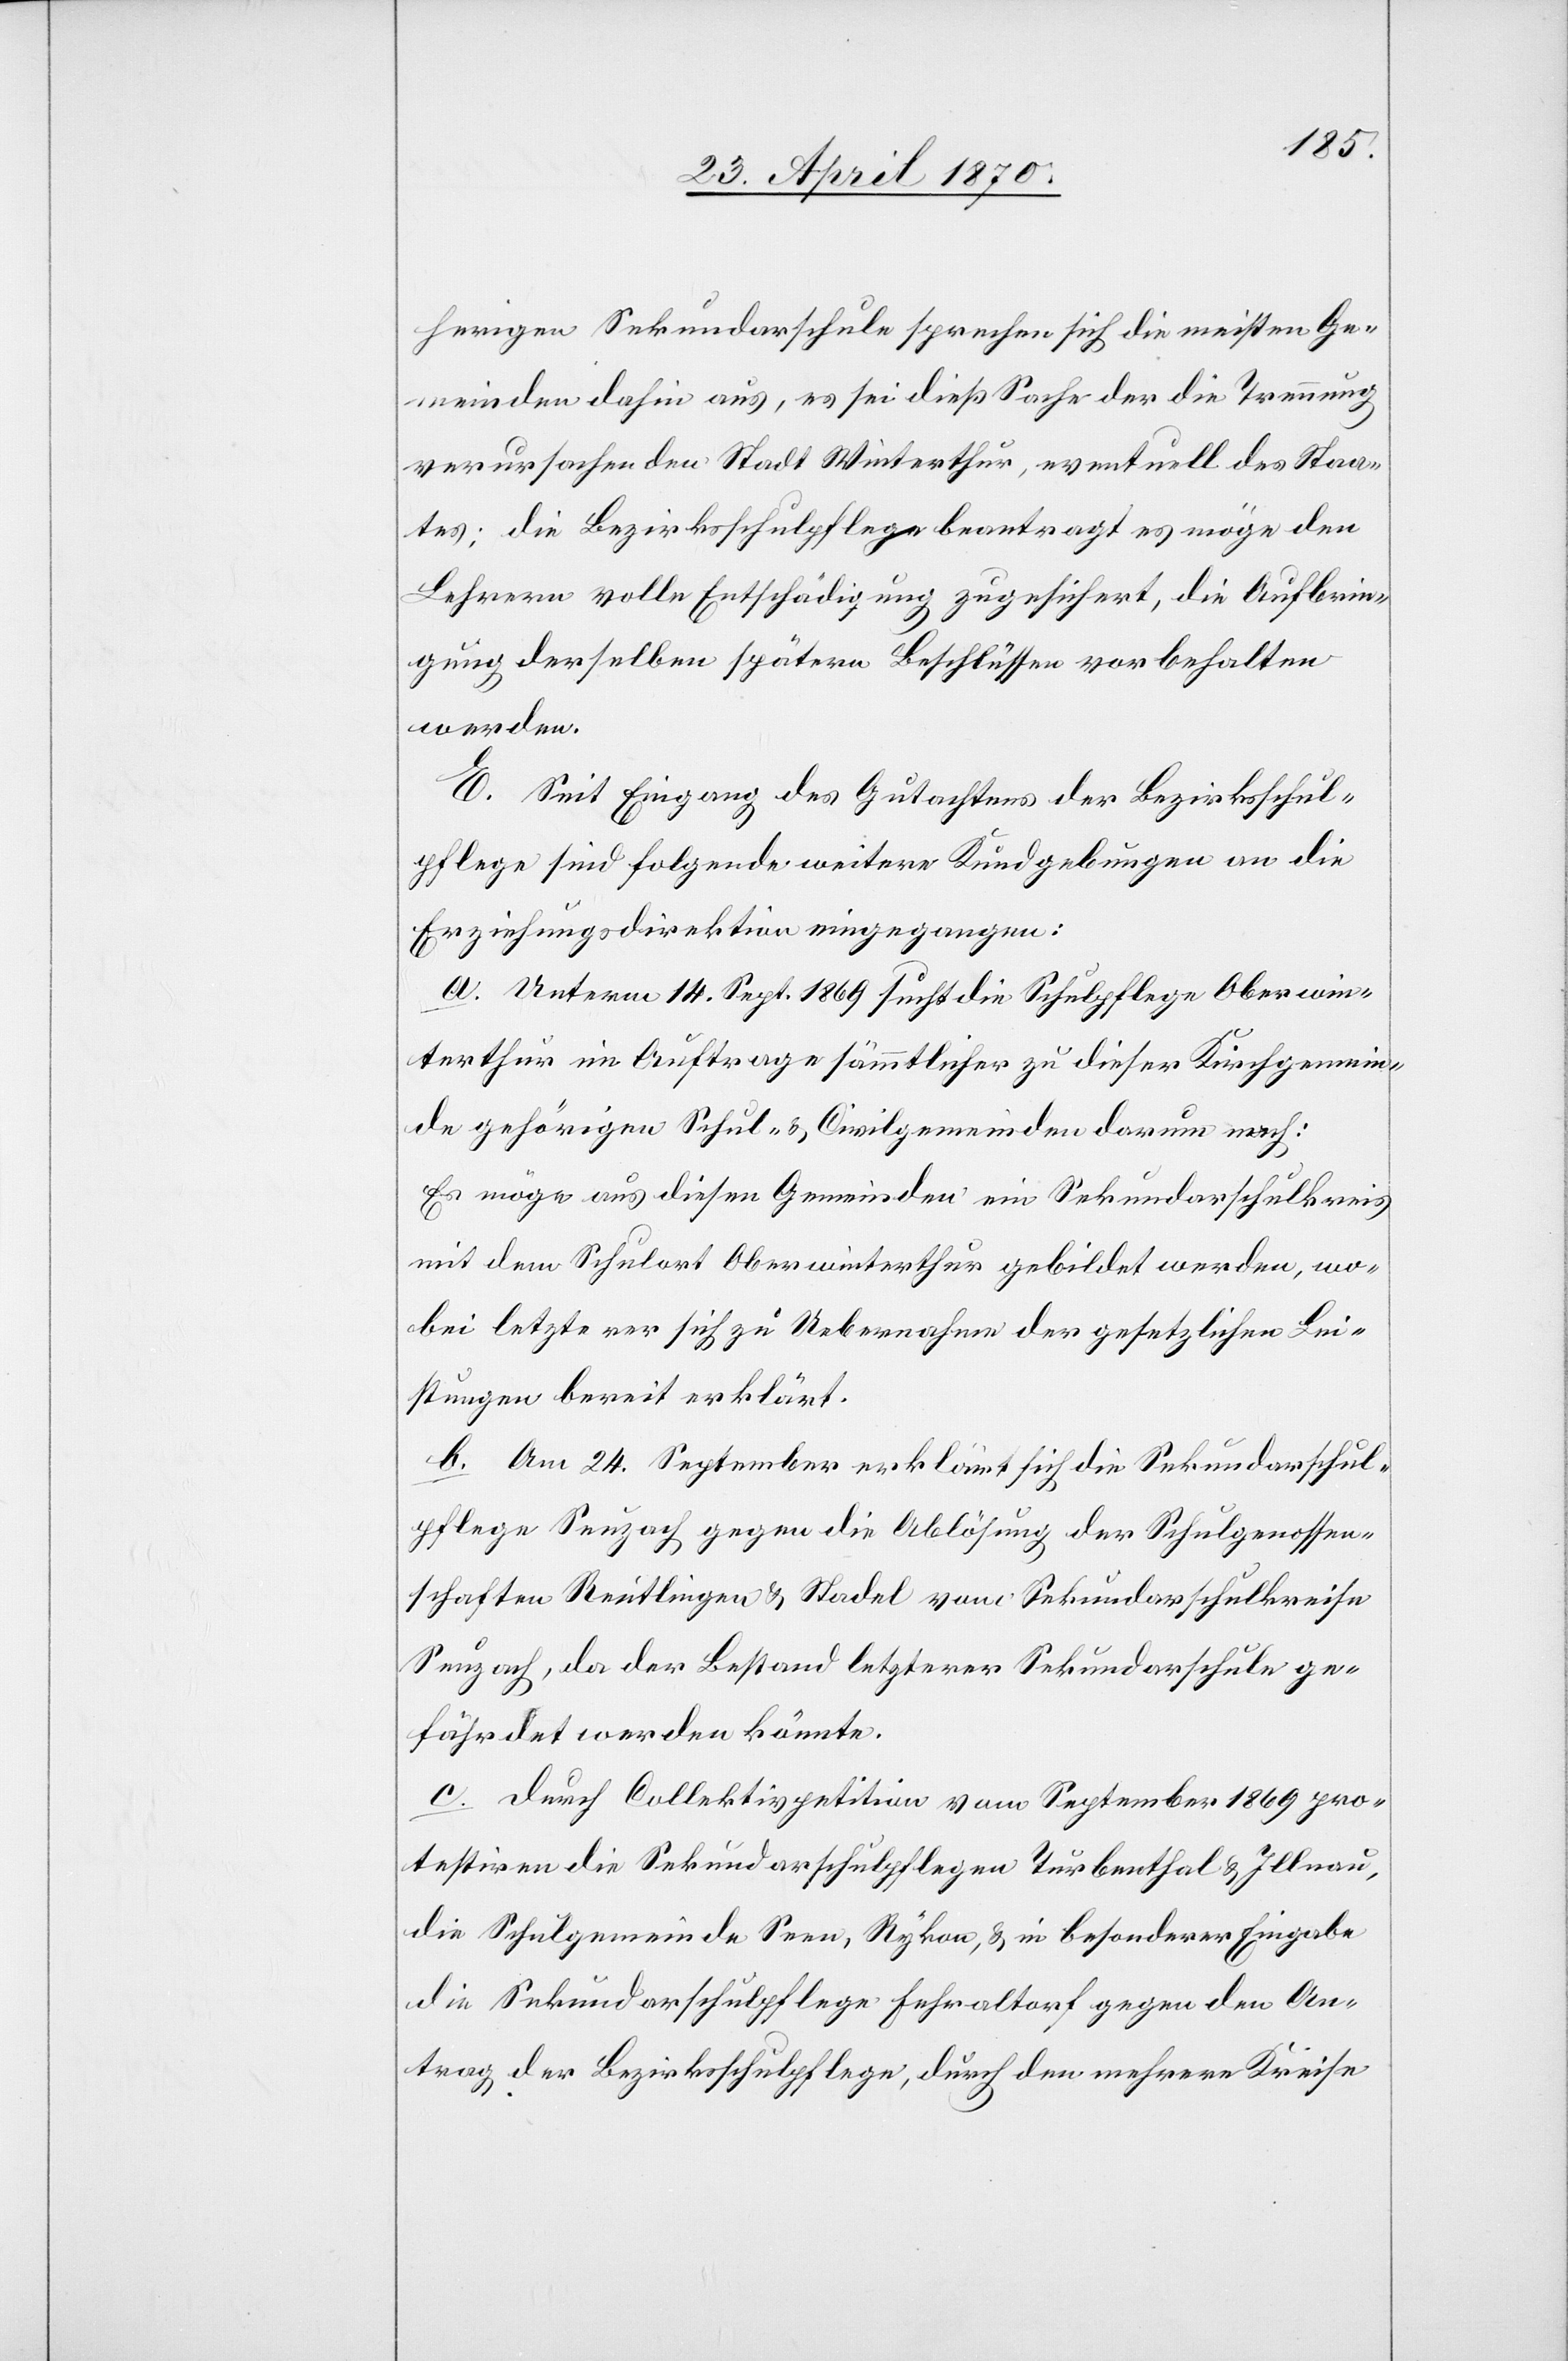
herigen Sekundarschule sprechen sich die meisten Ge¬
meinden aus, es sei dieß Sache der die Trennung
verursachenden Stadt Winterthur, eventuell des Staa¬
tes; die Bezirksschulpflege beantragt[,] es möge den
Lehrern volle Entschädigung zugesichert, die Aufbrin¬
gung derselben spätern Beschlüssen vorbehalten
werden.
E. Seit Eingang des Gutachtens der Bezirksschul¬
pflege sind folgende weitere Kundgebungen an die
Erziehungsdirektion eingegangen:
a. Unterm 14. Sept. 1869 sucht die Schulpflege Oberwin¬
terthur im Auftrage sämmtlicher zu dieser Kirchgemein¬
de gehörigen Schul- & Civilgemeinden darum nach:
Es möge aus diesen Gemeinden ein Sekundarschulkreis
mit dem Schulort Oberwinterthur gebildet werden, wo¬
bei letzterer sich zu Uebernahme der gesetzlichen Lei¬
stungen bereit erklärt.
b. Am 24. September erklärt sich die Sekundarschul¬
pflege Seuzach gegen die Ablösung der Schulgenossen¬
schaften Reutlingen & Stadel vom Sekundarschulkreise
Seuzach, da der Bestand letzterer Sekundarschule ge¬
fährdet werden könnte.
c. durch Collektivpetition vom September 1869 pro¬
testiren die Sekundarschulpflegen Turbenthal & Illnau,
die Schulgemeinde Seen, Rykon, & in besonderer Eingabe
die Sekundarschulpflege Fehraltorf gegen den An¬
trag der Bezirksschulpflege, durch den mehrere Kreise